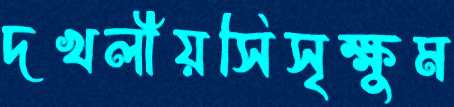
দখলীয়সিসৃক্ষুম